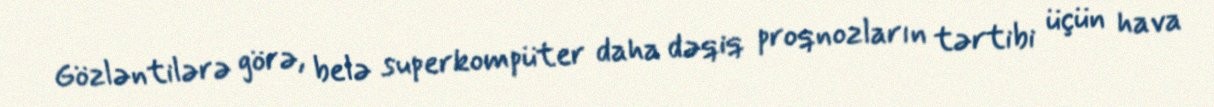
Gözləntilərə görə, belə superkompüter daha dəqiq proqnozların tərtibi üçün hava